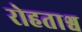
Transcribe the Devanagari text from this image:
रोहताश्व